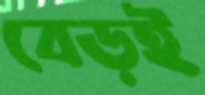
বেড়ই